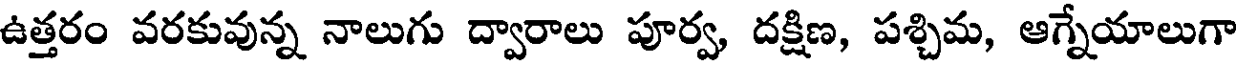
ఉత్తరం వరకువున్న నాలుగు ద్వారాలు పూర్వ, దక్షిణ, పశ్చిమ, ఆగ్నేయాలుగా